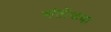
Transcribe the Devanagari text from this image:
संतोकबा